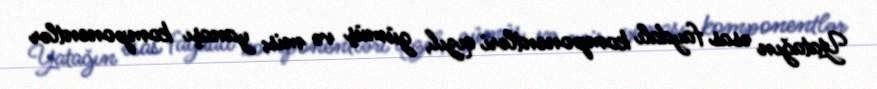
Yatağın əsas faydalı komponentləri qızıl, gümüş və mis; yanaşı komponentlər